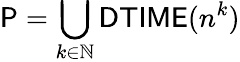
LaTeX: {\mathsf{P}}=\bigcup_{k\in\mathbb{N}}{\mathsf{DTIME}}(n^{k})